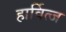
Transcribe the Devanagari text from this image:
हार्वित्ज